Madras plague regulations in force outside the Presidency town - Volume 5
Disease focus: Plague
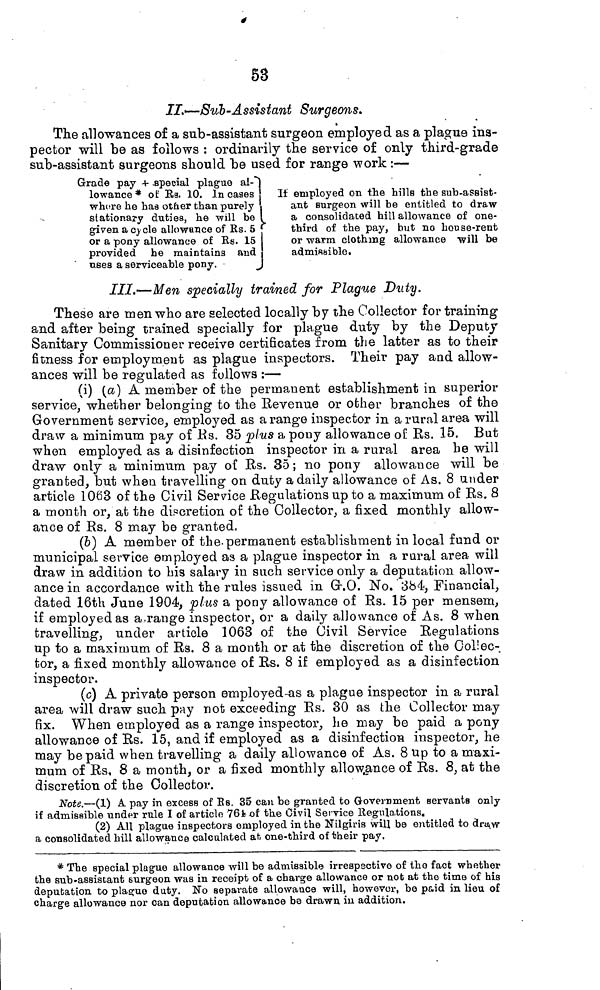
53
II.—Sub-Assistant Surgeons.
The allowances of a sub-assistant surgeon employed as a plague ins-
pector will be as follows : ordinarily the service of only third-grade
sub-assistant surgeons should be used for range work :—
Grade pay + special plague al-
lowance* of Rs. 10. In cases
where he has other than purely
stationary duties, he will be
given a cycle allowance of Rs. 5
or a pony allowance of Rs. 15
provided he maintains and
uses a serviceable pony.
If employed on the hills the sub-assist-
ant Burgeon will be entitled to draw
a consolidated hill allowance of one-
third of the pay, but no house-rent
or warm clothing allowance will be
admissible.
III.—Men specially trained for Plague Duty.
These are men who are selected locally by the Collector for training
and after being trained specially for plague duty by the Deputy
Sanitary Commissioner receive certificates from the latter as to their
fitness for employment as plague inspectors. Their pay and allow-
ances will be regulated as follows :—
(i) (a) A member of the permanent establishment in superior
service, whether belonging to the Revenue or other branches of the
Government service, employed as a range inspector in a rural area will
draw a minimum pay of Rs. 35 plus a pony allowance of Rs. 15. But
when employed as a disinfection inspector in a rural area he will
draw only a minimum pay of Rs. 35 ; no pony allowance will be
granted, but when travelling on duty a daily allowance of As. 8 under
article 1063 of the Civil Service Regulations up to a maximum of Rs. 8
a month or, at the discretion of the Collector, a fixed monthly allow-
ance of Rs. 8 may be granted.
(b) A member of the permanent establishment in local fund or
municipal service employed as a plague inspector in a rural area will
draw in addition to his salary in such service only a deputation allow-
ance in accordance with the rules issued in G.O. No. 384, Financial,
dated 16th June 1904, plus a pony allowance of Rs. 15 per mensem,
if employed as a range inspector, or a daily allowance of As. 8 when
travelling, under article 1063 of the Civil Service Regulations
up to a maximum of Rs. 8 a mouth or at the discretion of the Collec-
tor, a fixed monthly allowance of Rs. 8 if employed as a disinfection
inspector.
(c) A private person employed-as a plague inspector in a rural
area will draw such pay not exceeding Rs. 30 as the Collector may
fix. When employed as a range inspector, he may be paid a pony
allowance of Rs. 15, and if employed as a disinfection inspector, he
may be paid when travelling a daily allowance of As. 8 up to a maxi-
mum of Rs. 8 a month, or a fixed monthly allowance of Rs. 8, at the
discretion of the Collector.
Note.—(1) A pay in excess of Rs. 35 can be granted to Government servants only
if admissible under rule I of article 764 of the Civil Service Regulations.
(2) All plague inspectors employed in the Nilgiris will be entitled to draw
a consolidated hill allowance calculated at one-third of their pay.
* The special plague allowance will be admissible irrespsctive of the fact whether
the sub-assistant surgeon was in receipt of a charge allowance or not at the time of his
deputation to plague duty. No separate allowance will, however, be paid in lieu of
charge allowance nor can deputation allowance be drawn in addition.